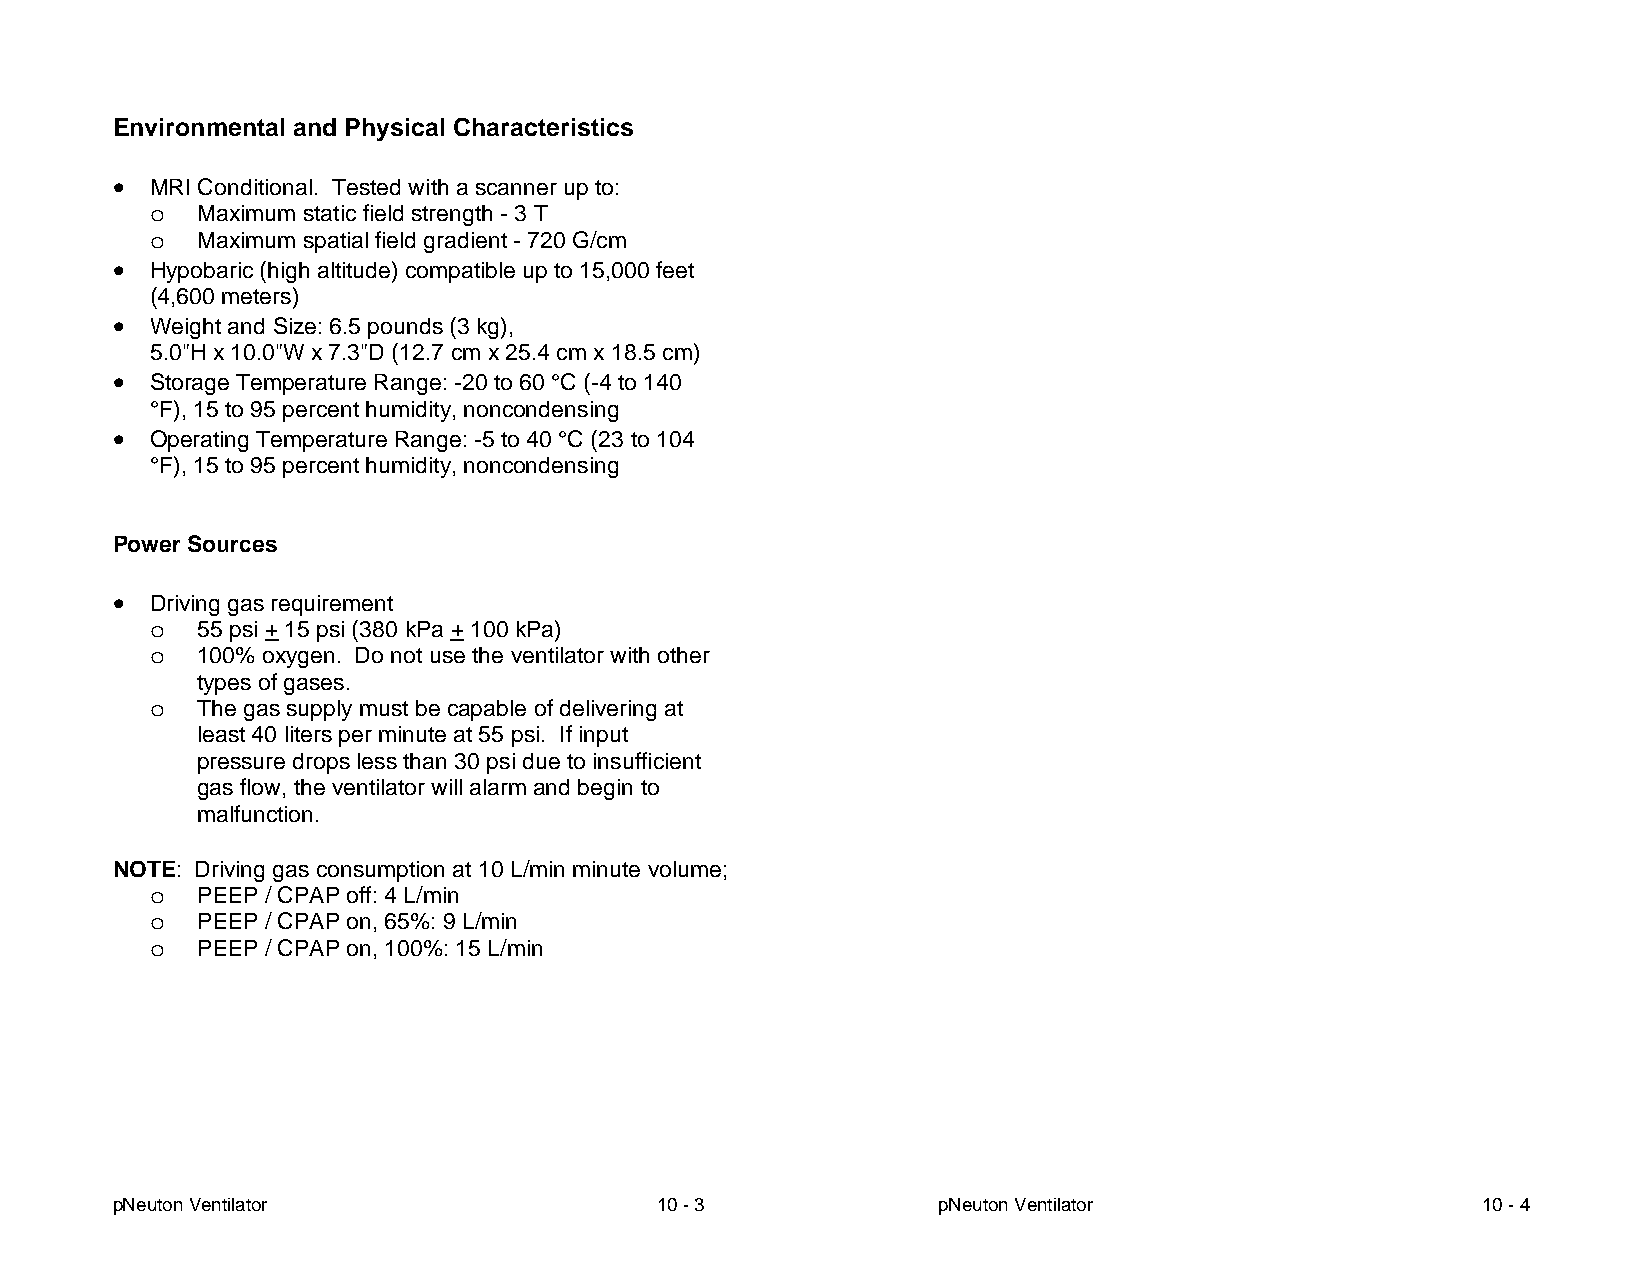
Environmental and Physical Characteristics
  MRI Conditional. Tested with a scanner up to:
 o  Maximum static field strength - 3 T
 o  Maximum spatial field gradient - 720 G/cm
  Hypobaric (high altitude) compatible up to 15,000 feet
 (4,600 meters)
  Weight and Size: 6.5 pounds (3 kg),
 5.0"H x 10.0"W x 7.3"D (12.7 cm x 25.4 cm x 18.5 cm)
  Storage Temperature Range: -20 to 60 °C (-4 to 140
 °F), 15 to 95 percent humidity, noncondensing
  Operating Temperature Range: -5 to 40 °C (23 to 104
 °F), 15 to 95 percent humidity, noncondensing
 Power Sources
  Driving gas requirement
 o  55 psi + 15 psi (380 kPa + 100 kPa)
 o  100% oxygen. Do not use the ventilator with other
 types of gases.
 o  The gas supply must be capable of delivering at
 least 40 liters per minute at 55 psi. If input
 pressure drops less than 30 psi due to insufficient
 gas flow, the ventilator will alarm and begin to
 malfunction.
 NOTE: Driving gas consumption at 10 L/min minute volume;
 o  PEEP / CPAP off: 4 L/min
 o  PEEP / CPAP on, 65%: 9 L/min
 o  PEEP / CPAP on, 100%: 15 L/min
 pNeuton Ventilator                  10 - 3             pNeuton Ventilator                  10 - 4